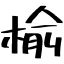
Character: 楡